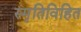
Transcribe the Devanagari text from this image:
स्मृतिविहित